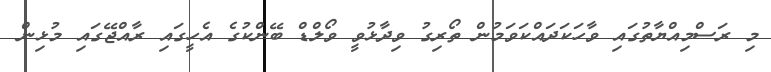
މި ރަސްމިއްޔާތުގައި ވާހަކަދައްކަވަމުން ތޯރިގު ވިދާޅުވީ ވޯލްޑް ބޭންކުގެ އެހީގައި ރާއްޖޭގައި މުޅިން